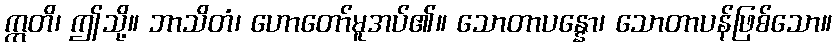
ဣတိ၊ ဤသို့။ ဘာသိတံ၊ ဟောတော်မူအပ်၏။ သောတာပန္နော၊ သောတာပန်ဖြစ်သော။